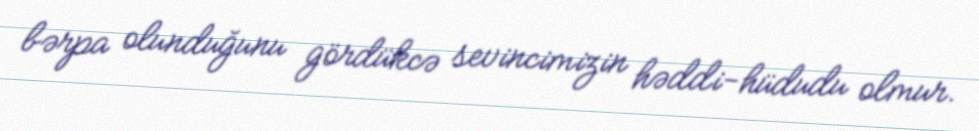
bərpa olunduğunu gördükcə sevincimizin həddi-hüdudu olmur.